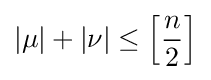
|\mu |+|\nu |\leq \left[{\frac {n}{2}}\right]